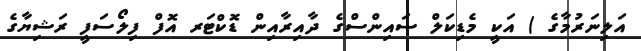
އަލިނަރުމާގެ ) އަކީ މެޑިކަލް ސައިންސްގެ ދާއިރާއިން ޑޮކްޓަރ އޮފް ފިލޯސަފީ ރަޝިޔާގެ